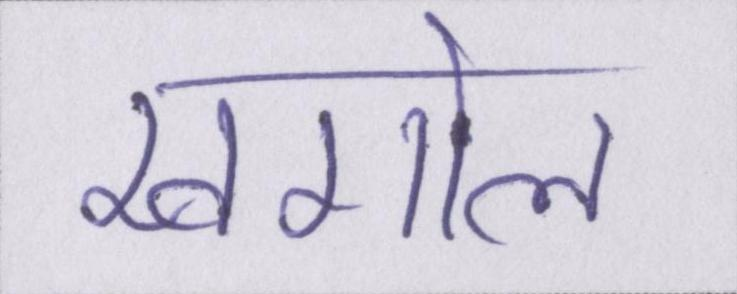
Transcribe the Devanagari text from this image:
खगोल